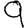
Digit: 9